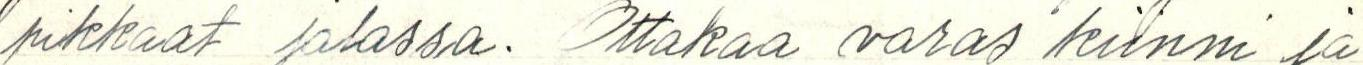
pikkaat jalassa. Ottakaa varas kiinni ja